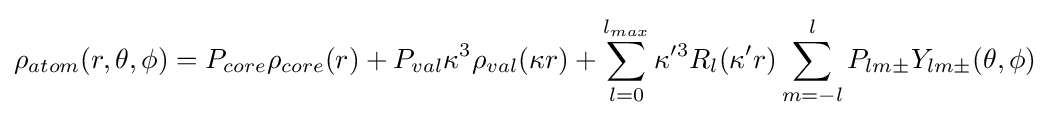
\rho _{atom}(r,\theta ,\phi )=P_{core}\rho _{core}(r)+P_{val}\kappa ^{3}\rho _{val}(\kappa r)+\sum _{l=0}^{l_{max}}\kappa '^{3}R_{l}(\kappa 'r)\sum _{m=-l}^{l}P_{lm\pm }Y_{lm\pm }(\theta ,\phi )